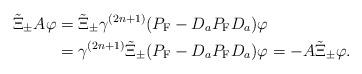
LaTeX: \begin{align*}\tilde{\Xi}_\pm A\varphi&=\tilde{\Xi}_\pm \gamma^{(2n+1)}(P_{\rm F}-D_aP_{\rm F}D_a)\varphi\\&=\gamma^{(2n+1)}\tilde{\Xi}_\pm (P_{\rm F}-D_aP_{\rm F}D_a)\varphi=-A\tilde{\Xi}_\pm \varphi. \end{align*}